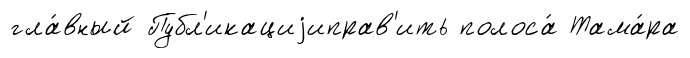
гла́вный Публ'икациjиправ'ить полоса́ Тама́ра